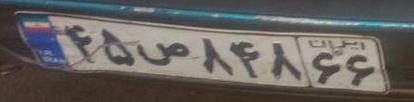
۴۵ص۸۴۸۶۶